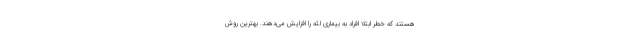
هستند که خطر ابتلا افراد به بیماری لثه را افزایش می‌دهند. بهترین روش